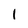
Character: 1